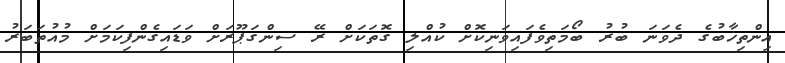
އިންތިޚާބުގެ ދެވަނަ ބުރު ބޯމަތިވެފައިވަނިކޮށް ކުއްލި ގޮތަކަށް ރޭ ސިންގަޕޫރަށް ވަޑައިގެންފިކަމަށް މުއުތަބަރު